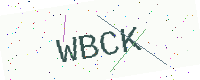
Text: WBCK